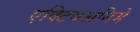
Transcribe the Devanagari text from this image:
एक्टिवअनिमे